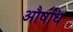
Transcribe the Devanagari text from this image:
औषधि